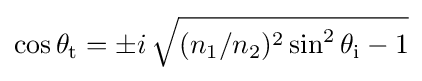
\cos \theta _{\text{t}}=\pm i\,{\sqrt {(n_{1}/n_{2})^{2}\sin ^{2}\theta _{\text{i}}-1}}